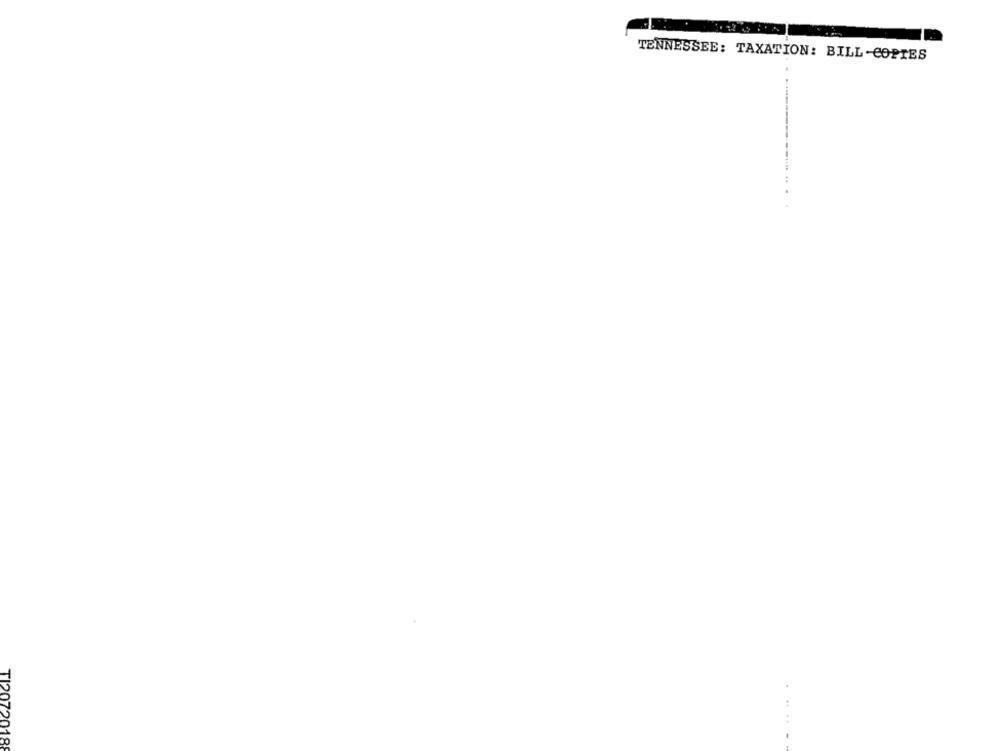
TENNESSEE: TAXATION: BILL-COPIES
. . +.+
TI2072018